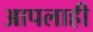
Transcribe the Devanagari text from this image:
आपलाही